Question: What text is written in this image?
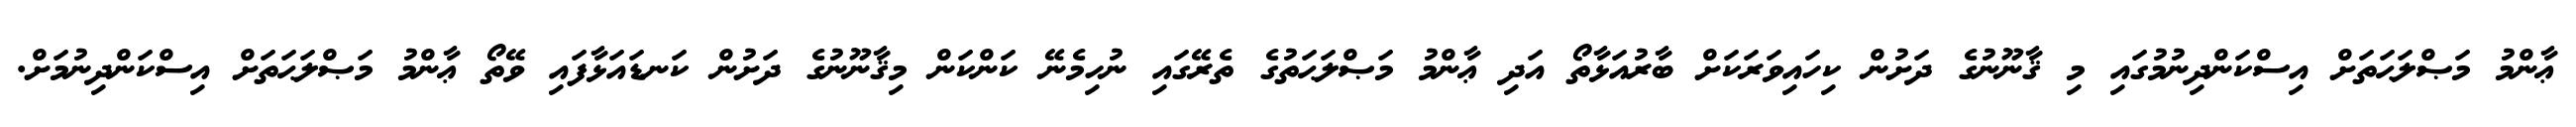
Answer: ޢާންމު މަޞްލަޙަތަށް އިސްކަންދިނުމުގައި މި ޤާނޫނުގެ ދަށުން ކިހައިވަރަކަށް ބާރުއަޅާތޯ އަދި ޢާންމު މަޞްލަޙަތުގެ ތެރޭގައި ނުހިމެނޭ ކަންކަން މިޤާނޫނުގެ ދަށުން ކަނޑައަޅާފައި ވޭތޯ ޢާންމު މަޞްލަޙަތަށް އިސްކަންދިނުމަށް.